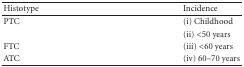
<table><thead><tr><td><b>Histotype</b></td><td><b>Incidence</b></td></tr></thead><tbody><tr><td>PTC</td><td>(i) Childhood</td></tr><tr><td></td><td>(ii) &lt;50 years</td></tr><tr><td>FTC</td><td>(iii) &lt;60 years</td></tr><tr><td>ATC</td><td>(iv) 60–70 years</td></tr></tbody></table>